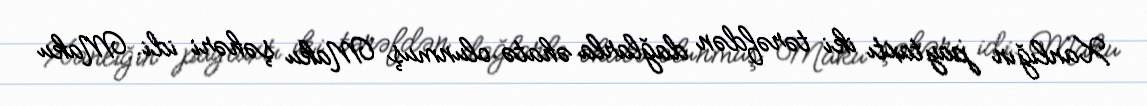
Xanlığın paytaxtı iki tərəfdən dağlarla əhatə olunmuş Maku şəhəri idi. Maku